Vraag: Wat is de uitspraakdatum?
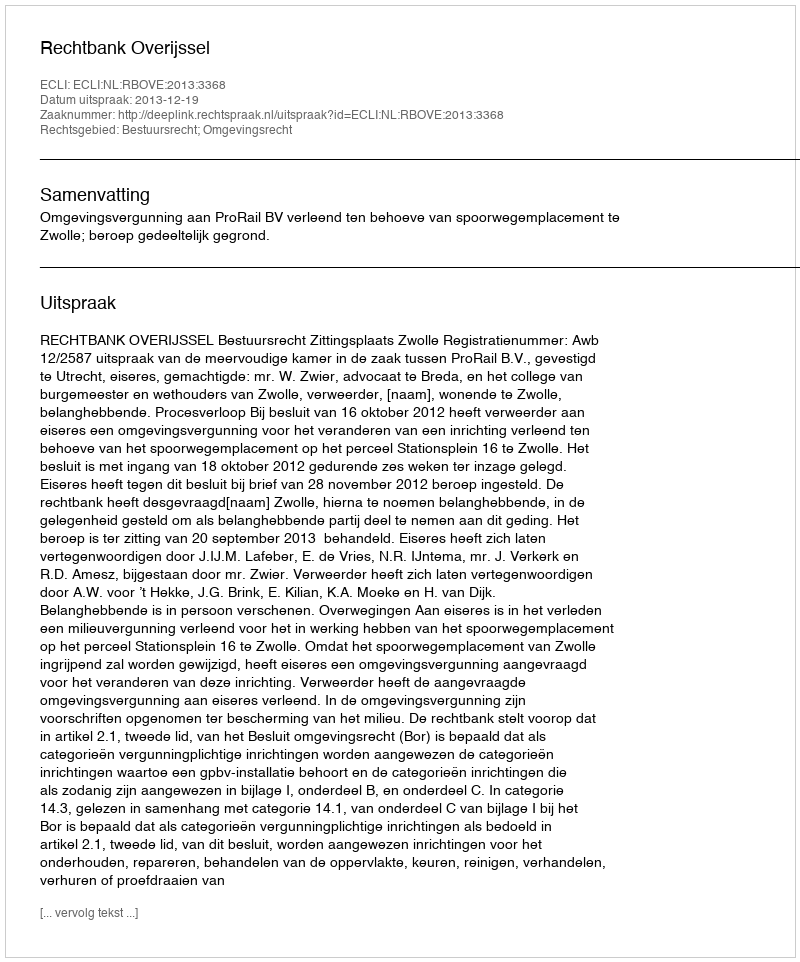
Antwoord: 2013-12-19